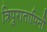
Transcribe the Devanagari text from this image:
त्रिपुरातापिनी